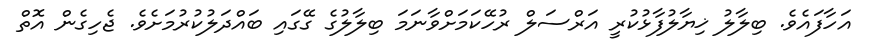
އަހާފައެވެ. ބިލާލު ޚިޔާލުފާޅުކުރީ އަރްސަލް ރުހޭކަމަށްވާނަމަ ބިލާލުގެ ގޭގައި ބައްދަލުކުރުމަށެވެ. ޖެހިގެން އޮތް